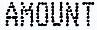
AMOUNT